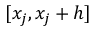
[ x _ { j } , x _ { j } + h ]